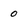
Character: 0